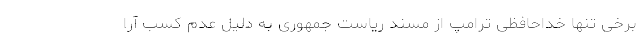
برخی تنها خداحافظی ترامپ از مسند ریاست جمهوری به دلیل عدم کسب آرا